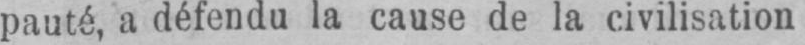
pauté, a défendu la cause de la civilisation